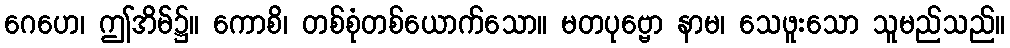
ဂေဟေ၊ ဤအိမ်၌။ ကောစိ၊ တစ်စုံတစ်ယောက်သော။ မတပုဗ္ဗော နာမ၊ သေဖူးသော သူမည်သည်။